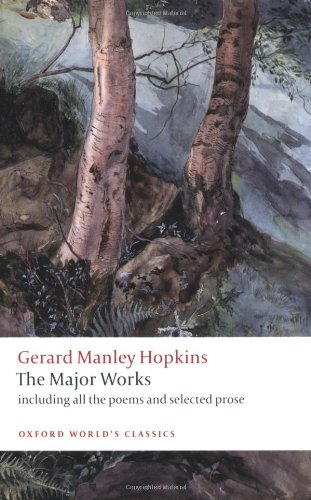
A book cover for Gerard Manley Hopkins: The Major Works (Oxford World's Classics); Gerard Manley Hopkins; Literature & Fiction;